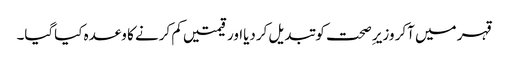
قہر میں آکر وزیر ِصحت کو تبدیل کردیااور قیمتیں کم کرنے کا وعدہ کیاگیا۔